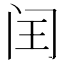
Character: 闰